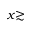
x { \gtrsim }